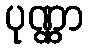
ပုဏ္ဏာ